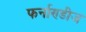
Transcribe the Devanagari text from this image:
फर्नाण्डीज